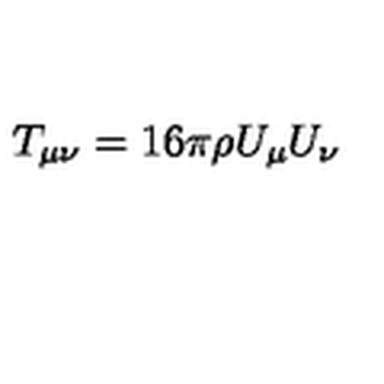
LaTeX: T _ { \mu \nu } = 1 6 \pi \rho U _ { \mu } U _ { \nu }